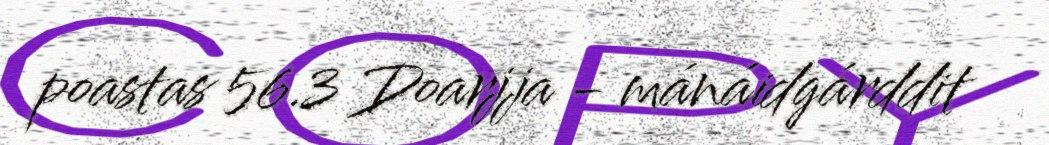
poastas 56.3 Doarjja - mánáidgárddit